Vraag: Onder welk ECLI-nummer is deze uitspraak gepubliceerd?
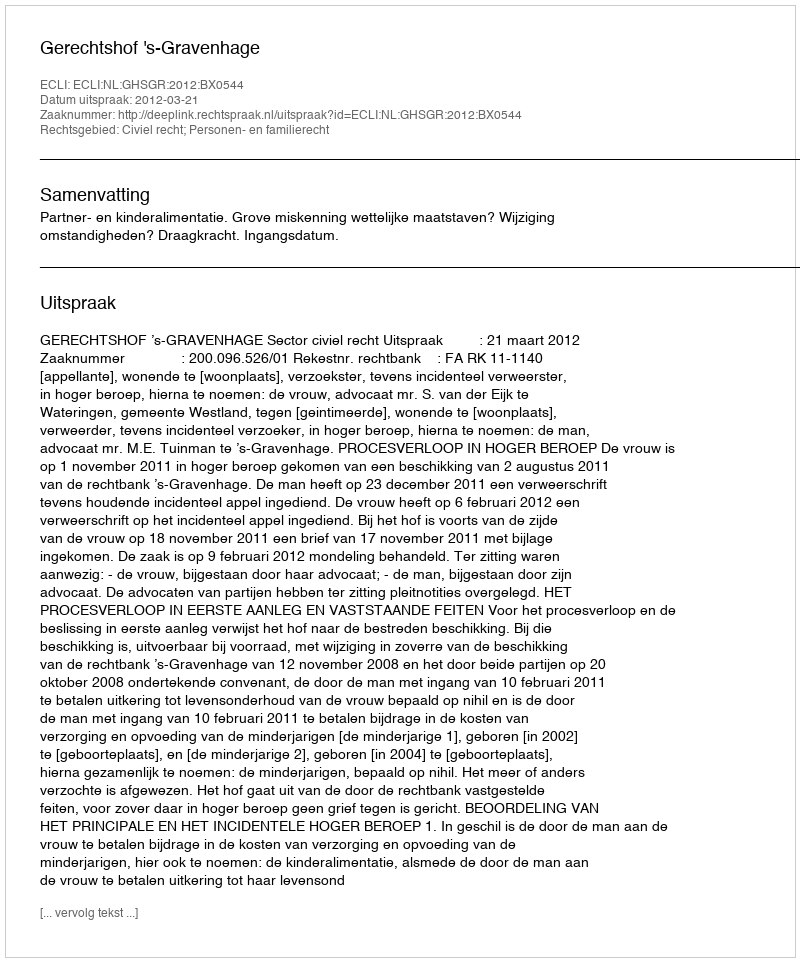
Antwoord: ECLI:NL:GHSGR:2012:BX0544